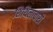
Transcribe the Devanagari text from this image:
शिथिलाचारी